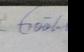
Signature authenticity: forged